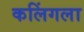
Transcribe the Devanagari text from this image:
कलिंगला